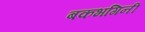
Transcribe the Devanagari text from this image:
बकभगिनी